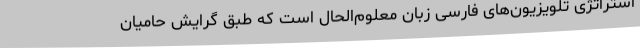
استراتژی تلویزیون‌های فارسی زبان معلوم‌الحال است که طبق گرایش حامیان